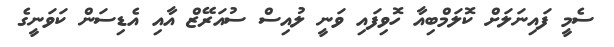
ސެމީ ފައިނަލަށް ކޮލަމްބިއާ ހޮވިފައި ވަނީ ލުއިސް ސުއަރޭޒް އާއި އެޑިސަން ކަވަނީގެ